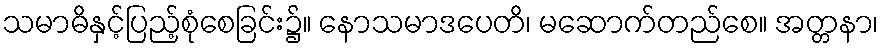
သမာဓိနှင့်ပြည့်စုံစေခြင်း၌။ နောသမာဒပေတိ၊ မဆောက်တည်စေ။ အတ္တနာ၊